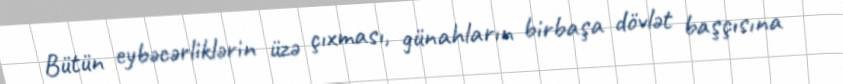
Bütün eybəcərliklərin üzə çıxması, günahların birbaşa dövlət başçısına